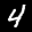
Label: 4